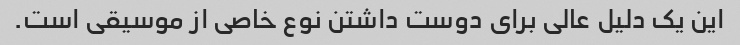
این یک دلیل عالی برای دوست داشتن نوع خاصی از موسیقی است.